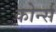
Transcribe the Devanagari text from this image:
कोर्न्स